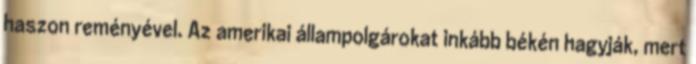
haszon reményével. Az amerikai állampolgárokat inkább békén hagyják, mert